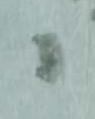
候